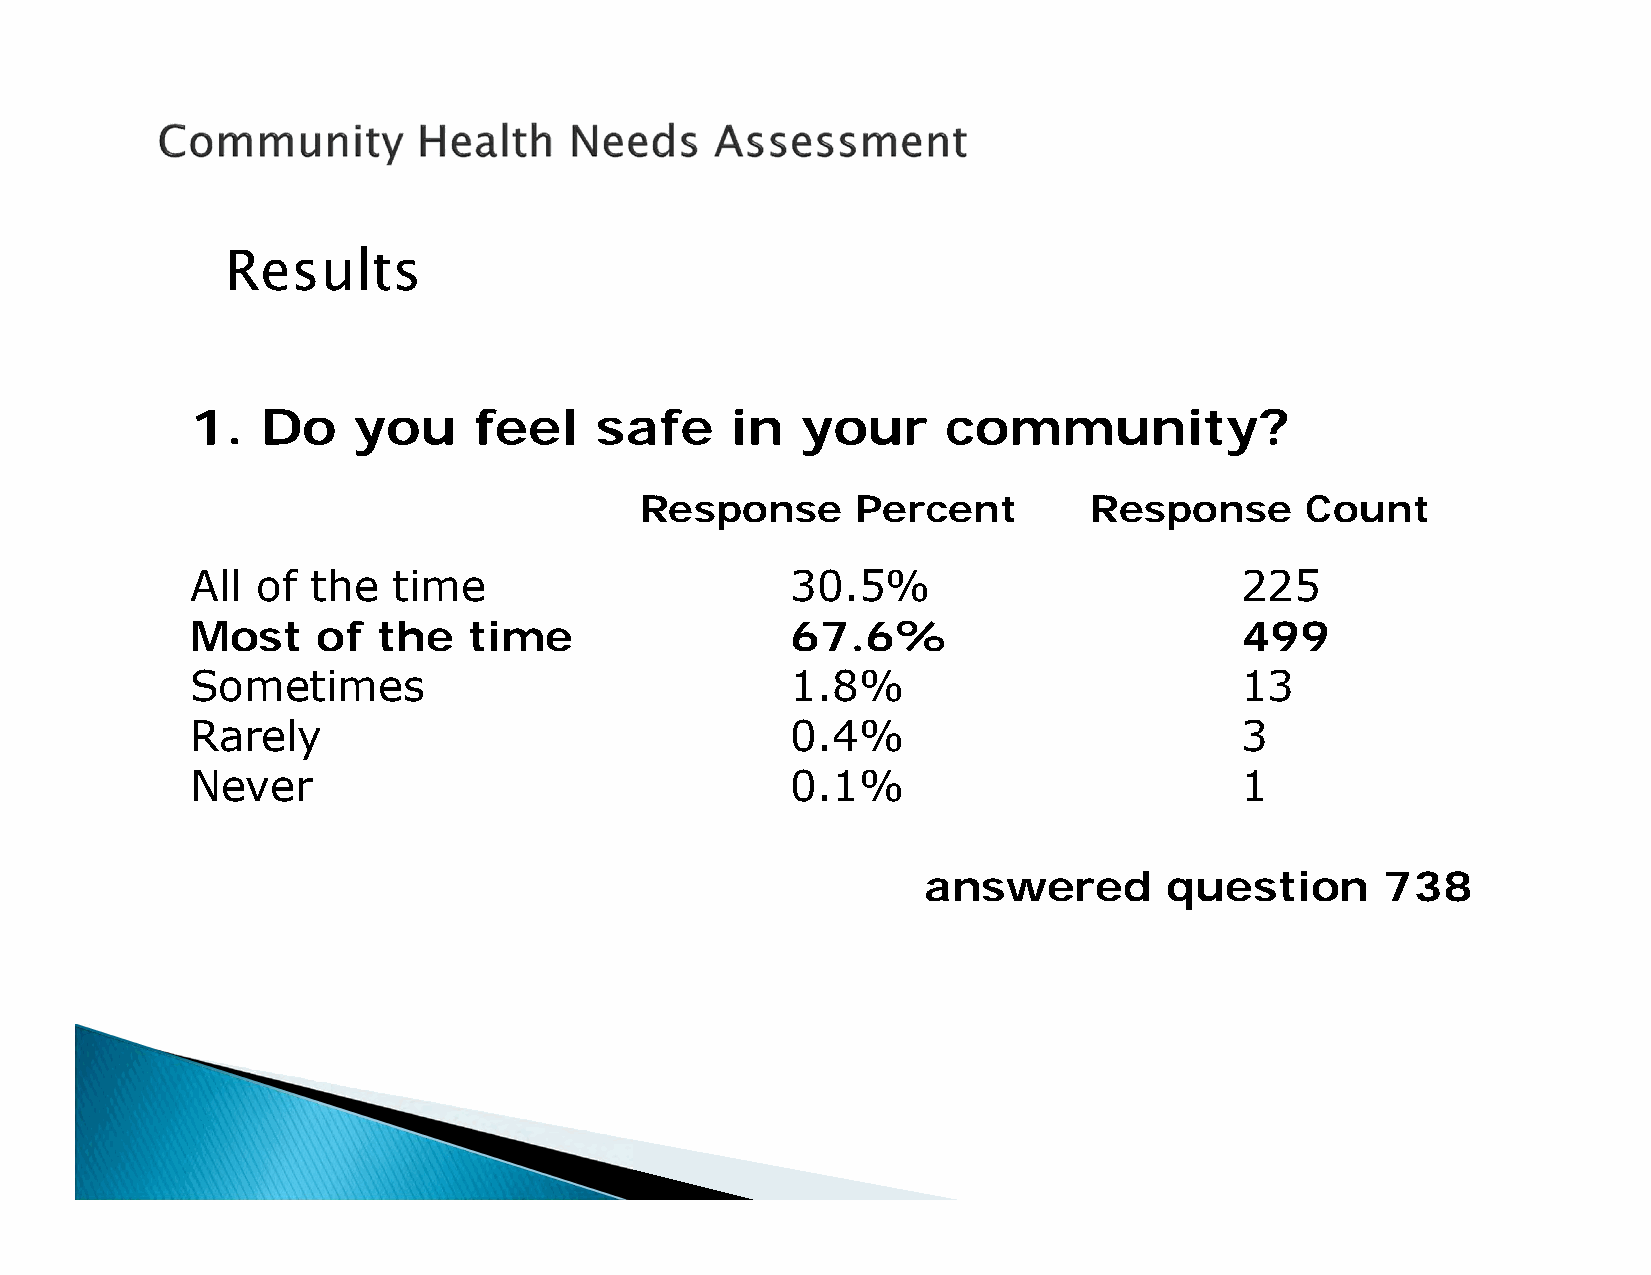
Results
 1.  Do    you     feel    safe     in   your      community?
 Response       Percent        Response      Count
 All of  the  time                      30.5%                         225
 Most    of  the   time                 67.6%                         499
 Sometimes                              1.8%                          13
 Rarely                                 0.4%                          3
 Never                                  0.1%                          1
 answered        question       738